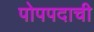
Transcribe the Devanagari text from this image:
पोपपदाची